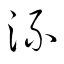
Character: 流